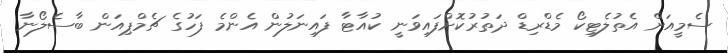
ސެމީއަށް އެތުލެޓިކޯ މެޑްރިޑް ދަތުރުކޮށްފައިވަނީ ކުއާޓާ ފައިނަލުން އެންމެ ފަހުގެ ޗެމްޕިއަން ބާސެލޯނާ